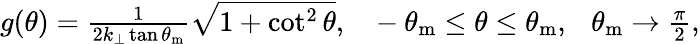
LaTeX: \begin{array}{r}{g(\theta)=\frac{1}{2k_{\perp}\tan\theta_{\mathrm{m}}}\sqrt{1+\cot^{2}\theta},~~~-\theta_{\mathrm{m}}\leq\theta\leq\theta_{\mathrm{m}},~~~\theta_{\mathrm{m}}\to\frac{\pi}{2},}\end{array}